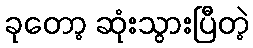
ခုတော့ ဆုံးသွားပြီတဲ့